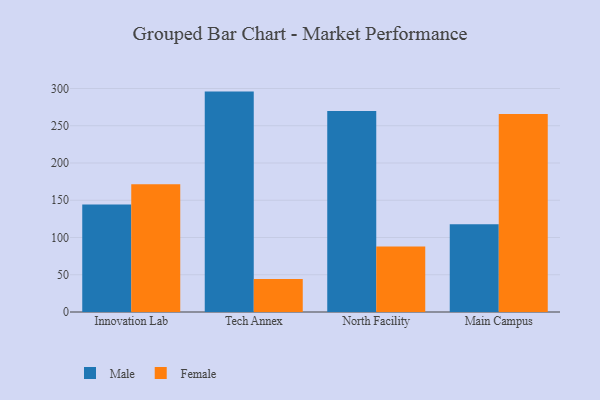
{"axis": {"x": "Campus", "y": "Humidity (%)"}, "legend": ["Female", "Male"], "data": [{"x": "Innovation Lab", "y": 144.4, "type": "Male"}, {"x": "Innovation Lab", "y": 171.4, "type": "Female"}, {"x": "Tech Annex", "y": 295.8, "type": "Male"}, {"x": "Tech Annex", "y": 44.4, "type": "Female"}, {"x": "North Facility", "y": 269.9, "type": "Male"}, {"x": "North Facility", "y": 88.0, "type": "Female"}, {"x": "Main Campus", "y": 117.9, "type": "Male"}, {"x": "Main Campus", "y": 265.6, "type": "Female"}]}